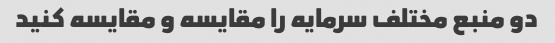
دو منبع مختلف سرمایه را مقایسه و مقایسه کنید